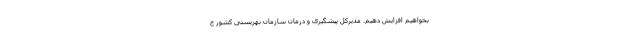
بخواهیم افزایش دهیم. مدیرکل پیشگیری و درمان سازمان بهزیستی کشور خ